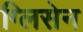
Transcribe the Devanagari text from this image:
ग्लिसेन